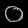
Digit: ၀